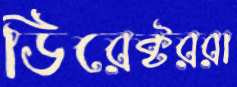
ডিরেক্টররা